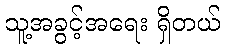
သူ့အခွင့်အရေး ရှိတယ်